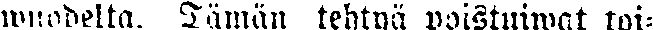
wuodelta. Tämän tehtyä postuiwat toi-